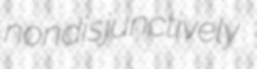
nondisjunctively